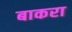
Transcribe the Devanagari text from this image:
बाकरा